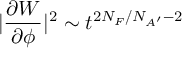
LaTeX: | \frac { \partial W } { \partial \phi } | ^ { 2 } \sim t ^ { 2 N _ { F } / N _ { A ^ { \prime } } - 2 }